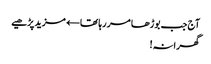
آج جب بوڑھا مر رہا تھا← مزید پڑھیے
گھرانہ!